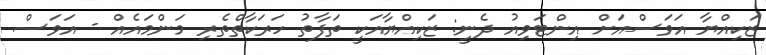
ޒަކިއްޔާ އަވަސްއަށް އިންޓަވިއު ދެނީ: ޒަކިއްޔާއަކީ ތަފާތު ހަރަކާތްތެރި މަންމައެއް - އަވަސް